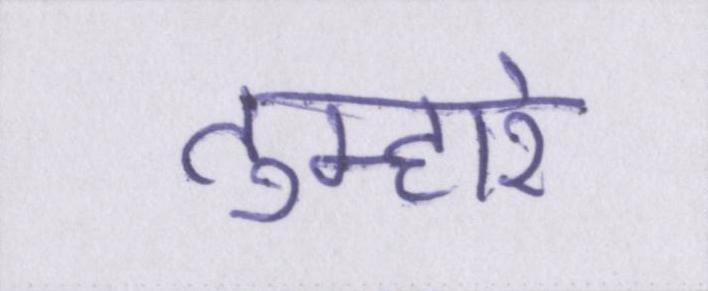
तुम्हारे